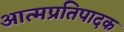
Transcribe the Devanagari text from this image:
आत्मप्रतिपादक